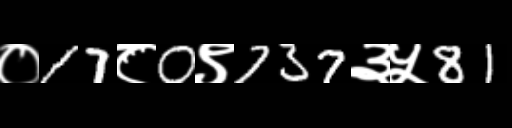
Text: ०17८0९737३५81